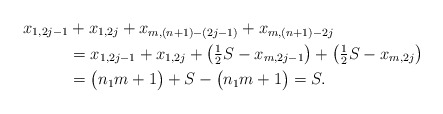
\begin{align*}x_{1,2j-1} &+ x_{1,2j} + x_{m,(n+1)-(2j-1)} + x_{m,(n+1)-2j} \\&= x_{1,2j-1} + x_{1,2j} + \bigl( \tfrac{1}{2} S - x_{m,2j-1} \bigr) + \bigl( \tfrac{1}{2} S - x_{m,2j} \bigr) \\&= \bigl( n_1 m +1 \bigr) + S - \bigl( n_1 m +1 \bigr) =S.\end{align*}